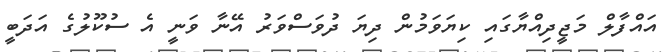
އައްފާލް މަޖީދިއްޔާގައި ކިޔަވަމުން ދިޔަ ދުވަސްވަރު އޭނާ ވަނީ އެ ސުކޫލުގެ އަދަބީ